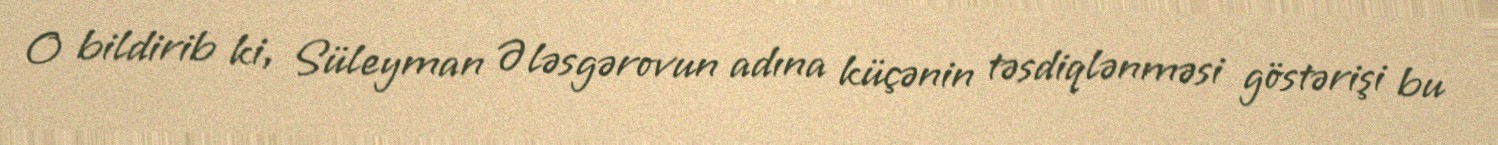
O bildirib ki, Süleyman Ələsgərovun adına küçənin təsdiqlənməsi göstərişi bu